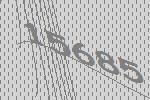
15685